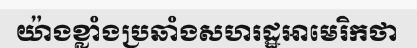
យ៉ាងខ្លាំងប្រឆាំងសហរដ្ឋអាមេរិកថា